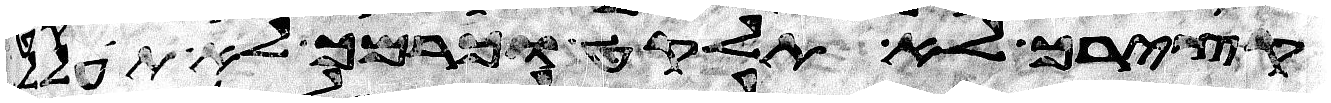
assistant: קצירך לא תלקט וכרמך לא תעולל